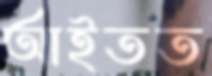
আইতত